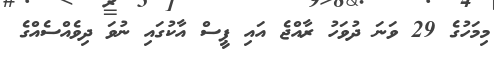
މިމަހުގެ 29 ވަނަ ދުވަހު ރާއްޖެ އައި ޕީސް އާކުގައި ނުވަ ދިވެއްސެއްގެ